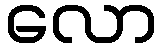
လော